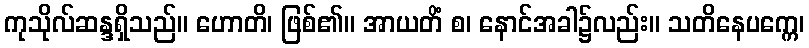
ကုသိုလ်ဆန္ဒရှိသည်။ ဟောတိ၊ ဖြစ်၏။ အာယတိံ စ၊ နောင်အခါ၌လည်း။ သတိနေပက္ကေ၊